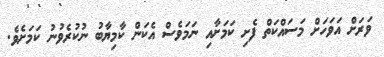
ވަރަށް އަވަހަށް މަސައްކަތް ފެށި ކަމަށާއި ނަމަވެސް އެކަން ކާމިޔާބު ނުކުރެވުނު ކަމަށެވެ.